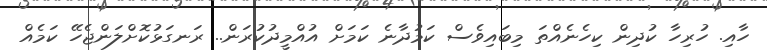
ހާއި. ހުރިހާ ކުދިން ކިހެނެއްތަ މިބައިވެސް ކަމުދާނެ ކަމަށް އުއްމީދުކުރަން.. ރަނގަޅުކޮށްލަންޖެހޭ ކަމެއް